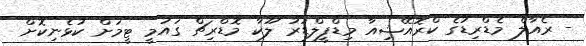
- ރެއާލް މެޑްރިޑުގެ ކްރޮއޭޝިއާ މިޑްފީލްޑަރު ލޫކާ މޮޑްރިޗް ގައުމީ ޓީމަށް ކުޅެނިކޮށް